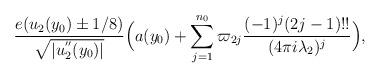
LaTeX: \begin{align*}\frac{e(u_2(y_0)\pm{1}/{8})}{\sqrt{|u_2^{''}(y_0)|}}\Big( a(y_0) + \sum_{j=1}^{n_0}\varpi_{2j}\frac{(-1)^{j}(2j-1)!!}{(4\pi i\lambda_2)^j} \Big),\end{align*}